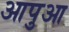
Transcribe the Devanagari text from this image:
आपुआ